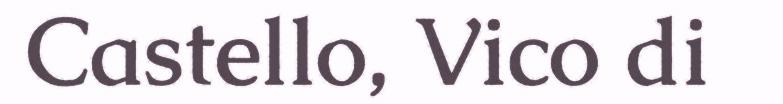
Castello, Vico di